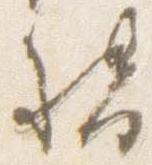
督